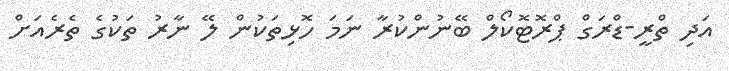
އަދި ތްރީ-ޑްރަގް ޕްރޮޓޮކޯލް ބޭނުންކުރާ ނަމަ ހޮޅިތަކުން ލޭ ނާރު ތަކުގެ ތެރެއަށް